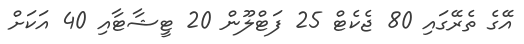
އޭގެ ތެރޭގައި 80 ޖެކެޓް 25 ފަޓްލޫން 20 ޓީޝާޓާއި 40 އަކަށް